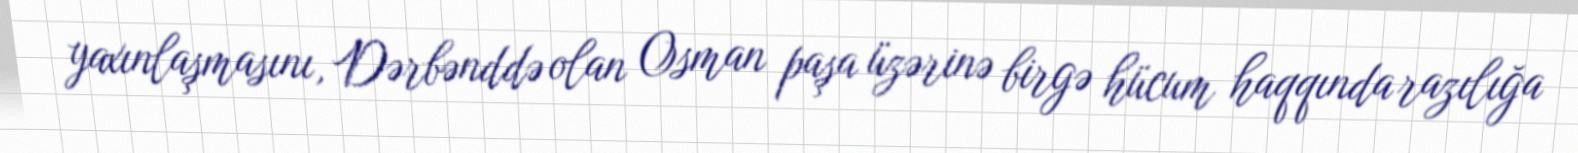
yaxınlaşmasını, Dərbənddə olan Osman paşa üzərinə birgə hücum haqqında razılığa